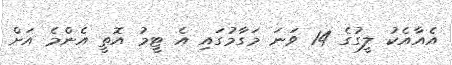
އެއާއެކު ލީގުގެ 14 ވަނަ މަގާމުގައި އެ ޓީމު އޮތީ އެންމެ އަށް